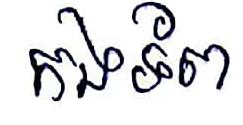
កងទ័ព